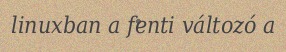
linuxban a fenti változó a